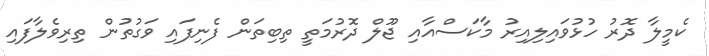
ކެމީލާ ދޮރު ހުޅުވައިލިއިރު މާކަސްއާއި ޖޫލް ދޮރުމަތީ ތިބިތަން ފެނިފައި ވަގުތުން ތިރިވެލާފައި